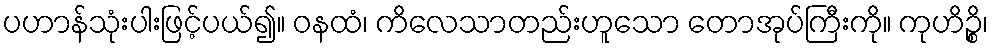
ပဟာန်သုံးပါးဖြင့်ပယ်၍။ ဝနထံ၊ ကိလေသာတည်းဟူသော တောအုပ်ကြီးကို။ ကုဟိဉ္စိ၊